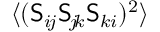
\ensuremath { \langle ( \mathsf { S } _ { i \! j } \mathsf { S } _ { \! j \! k } \mathsf { S } _ { k i } ) ^ { 2 } \rangle }